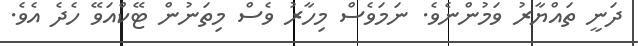
ދަނީ ތައްޔާރު ވަމުންނެވެ. ނަމަވެސް މިހާރު ވެސް މިތަނުން ޓޭކްއަވޭ ހެދެ އެވެ.